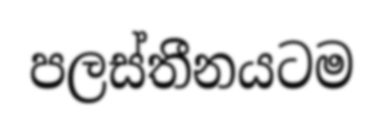
පලස්තීනයටම